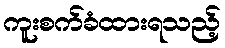
ကူးစက်ခံထားရသည့်